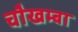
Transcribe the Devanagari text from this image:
चाैखम्बा